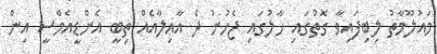
މައުލޫމާތު ލިބިފައިވާ ގޮތުގައި ހާލުގައި ޖެހުނު ދެ އާއިލާއެއް ތިބީ އެންޑީއެމްސީ އިން